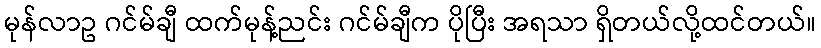
မုန်လာဥ ဂင်မ်ချီ ထက်မုန့်ညင်း ဂင်မ်ချီက ပိုပြီး အရသာ ရှိတယ်လို့ထင်တယ်။